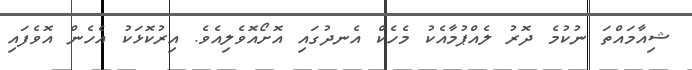
ޝިއާމައްތަ ނުކުމެ ދޮރު ލެއްޕުމާއެކު މެހެކް އެނދުގައި އޮށޯއޮވެލިއެވެ. އިރުކޮޅަކު އެހެން އޮވެފައި